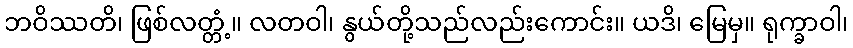
ဘဝိဿတိ၊ ဖြစ်လတ္တံ့။ လတဝါ၊ နွယ်တို့သည်လည်းကောင်း။ ယဒိ၊ မြေမှ။ ရုက္ခာဝါ၊